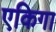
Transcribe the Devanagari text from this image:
एकिगा